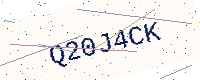
Text: Q20J4CK